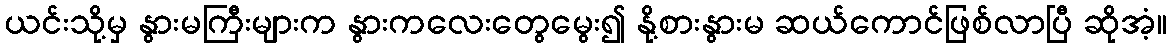
ယင်းသို့မှ နွားမကြီးများက နွားကလေးတွေမွေး၍ နို့စားနွားမ ဆယ်ကောင်ဖြစ်လာပြီ ဆိုအံ့။